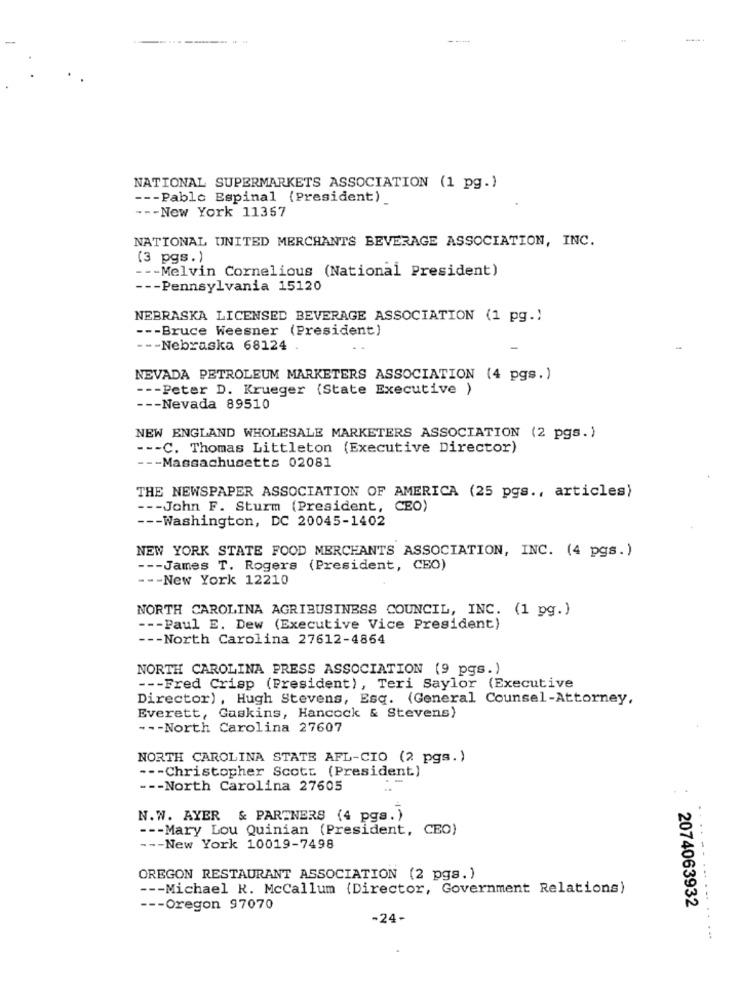
NATIONAL SUPERMARKETS ASSOCIATION (1 pg.)
--- Pablo Espinal (President)_
--- New York 11367
NATIONAL UNITED MERCHANTS BEVERAGE ASSOCIATION, INC.
(3 pgs.)
--- Melvin Cornelious (National President)
--- Pennsylvania 15120
NEBRASKA LICENSED BEVERAGE ASSOCIATION (1 pg.)
--- Bruce Weesner (President)
--- Nebraska 68124
NEVADA PETROLEUM MARKETERS ASSOCIATION (4 pgs.)
--- Peter D. Krueger (State Executive )
--- Nevada 89510
NEW ENGLAND WHOLESALE MARKETERS ASSOCIATION (2 pgs.)
--- C. Thomas Littleton (Executive Director)
--- Massachusetts 02081
THE NEWSPAPER ASSOCIATION OF AMERICA (25 pgs ., articles)
--- John F. Sturm (President, CEO)
--- Washington, DC 20045-1402
NEW YORK STATE FOOD MERCHANTS ASSOCIATION, INC. (4 pgs.)
--- James T. Rogers (President, CEO)
--- New York 12210
NORTH CAROLINA AGRIBUSINESS COUNCIL, INC. (1 pg. )
--- Paul E. Dew (Executive Vice President)
--- North Carolina 27612-4864
NORTH CAROLINA PRESS ASSOCIATION (9 pgs.)
--- Fred Crisp (President), Teri Saylor (Executive
Director) , Hugh Stevens, Esq. (General Counsel-Attorney,
Everett, Gaskins, Hancock & Stevens)
--- North Carolina 27607
NORTH CAROLINA STATE AFL-CIO (2 pgs.)
--- Christopher Scott (President)
--
--- North Carolina 27605
N.W. AYER & PARTNERS (4 pgs. )
--- Mary Lou Quinian (President, CEO)
--- New York 10019-7498
...---
OREGON RESTAURANT ASSOCIATION (2 pgs.)
--- Michael R. McCallum (Director, Government Relations)
--- Oregon 97070
2074063932
-24-
.........